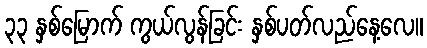
၃၃ နှစ်မြောက် ကွယ်လွန်ခြင်း နှစ်ပတ်လည်နေ့လေ။